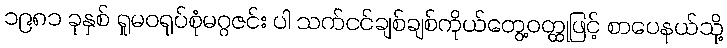
၁၉၈၁ ခုနှစ် ရှုမဝရုပ်စုံမဂ္ဂဇင်း ပါ သက်ငင်ချစ်ချစ်ကိုယ်တွေ့ဝတ္ထုဖြင့် စာပေနယ်သို့